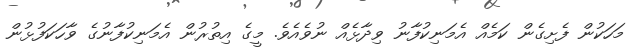
މަހަކުން ފެށިގެން ކަމެއް އެމަނިކުފާނު ވިދާޅެއް ނުވެއެވެ. މީގެ އިތުރުން އެމަނިކުފާނުގެ ވާހަކަފުޅުން